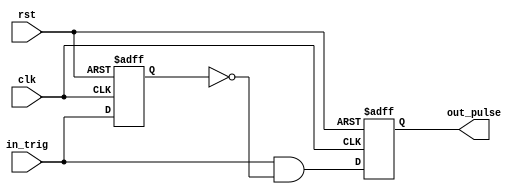
`timescale 1ns / 1ps
//////////////////////////////////////////////////////////////////////////////////
// Company: 
// Engineer: 
// 
// Design Name: 
// Module Name: one_pulse
// Project Name: 
// Target Devices: 
// Tool Versions: 
// Description: 
// 
// Dependencies: 
// 
// Revision:
// Revision 0.01 - File Created
// Additional Comments:
// 
//////////////////////////////////////////////////////////////////////////////////
module one_pulse(
    out_pulse,
    in_trig,
    clk,
    rst
    );
    
    output out_pulse;
    
    input in_trig;
    input clk;
    input rst;
    
    reg out_pulse;
    reg in_trig_delay;
    
    always@(posedge clk or posedge rst)
        if(rst)
            in_trig_delay<=1'b0;
        else
            in_trig_delay<=in_trig;
    
    assign out_pulse_next=in_trig&(~in_trig_delay);
    
    always@(posedge clk or posedge rst)
        if(rst)
            out_pulse<=1'b0;
        else
            out_pulse<=out_pulse_next;
    
endmodule